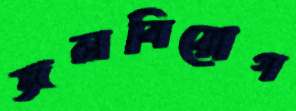
জলবিয়োগ